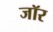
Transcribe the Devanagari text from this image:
जॉर